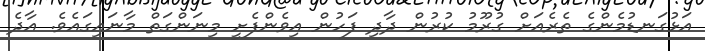
އަޅުގަނޑުމެންގެ ތެރެއަށް ގުރޫމު ކުރުން ދާދި ފަހުން އިވެންފެށީ މިނަންގަތް މާނައިގައެވެ. އާދެ